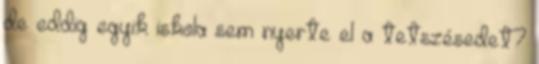
de eddig egyik iskola sem nyerte el a tetszésedet?